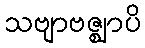
သဗျာဗဇ္ဈာပိ